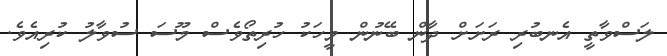
ލަސްވާތީ އެނބުރި ރަށަށް ދާން ބޭނުން މީހަކު ހުރިތޯވެސް މޫސަ ސުވާލު ކުރިއެވެ.